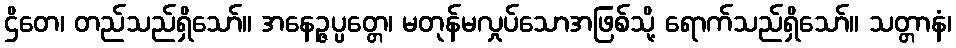
ဌိတေ၊ တည်သည်ရှိသော်။ အနေဉ္ဇပ္ပတ္တေ၊ မတုန်မလှုပ်သောအဖြစ်သို့ ရောက်သည်ရှိသော်။ သတ္တာနံ၊